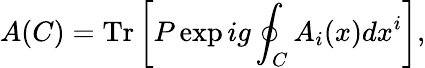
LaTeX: A(C)=\mathrm{Tr}\left[P\exp ig\oint_{C}A_{i}(x)dx^{i}\right],